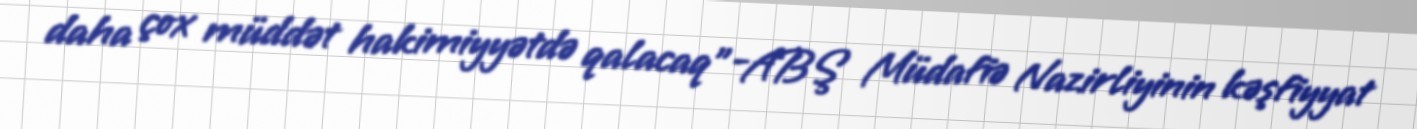
daha çox müddət hakimiyyətdə qalacaq”-ABŞ Müdafiə Nazirliyinin kəşfiyyat